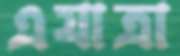
এযাত্রা